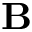
\mathbf { B }